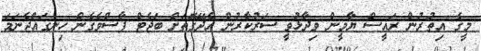
މީގެ އިތުރުން ރައީސް ޔާމީން ވިދާޅުވީ ސަރުކާރުން އެދޭގޮތަށް ބަޖެޓް ފާސްވެގެން ހިނގައްޖެނަމަ